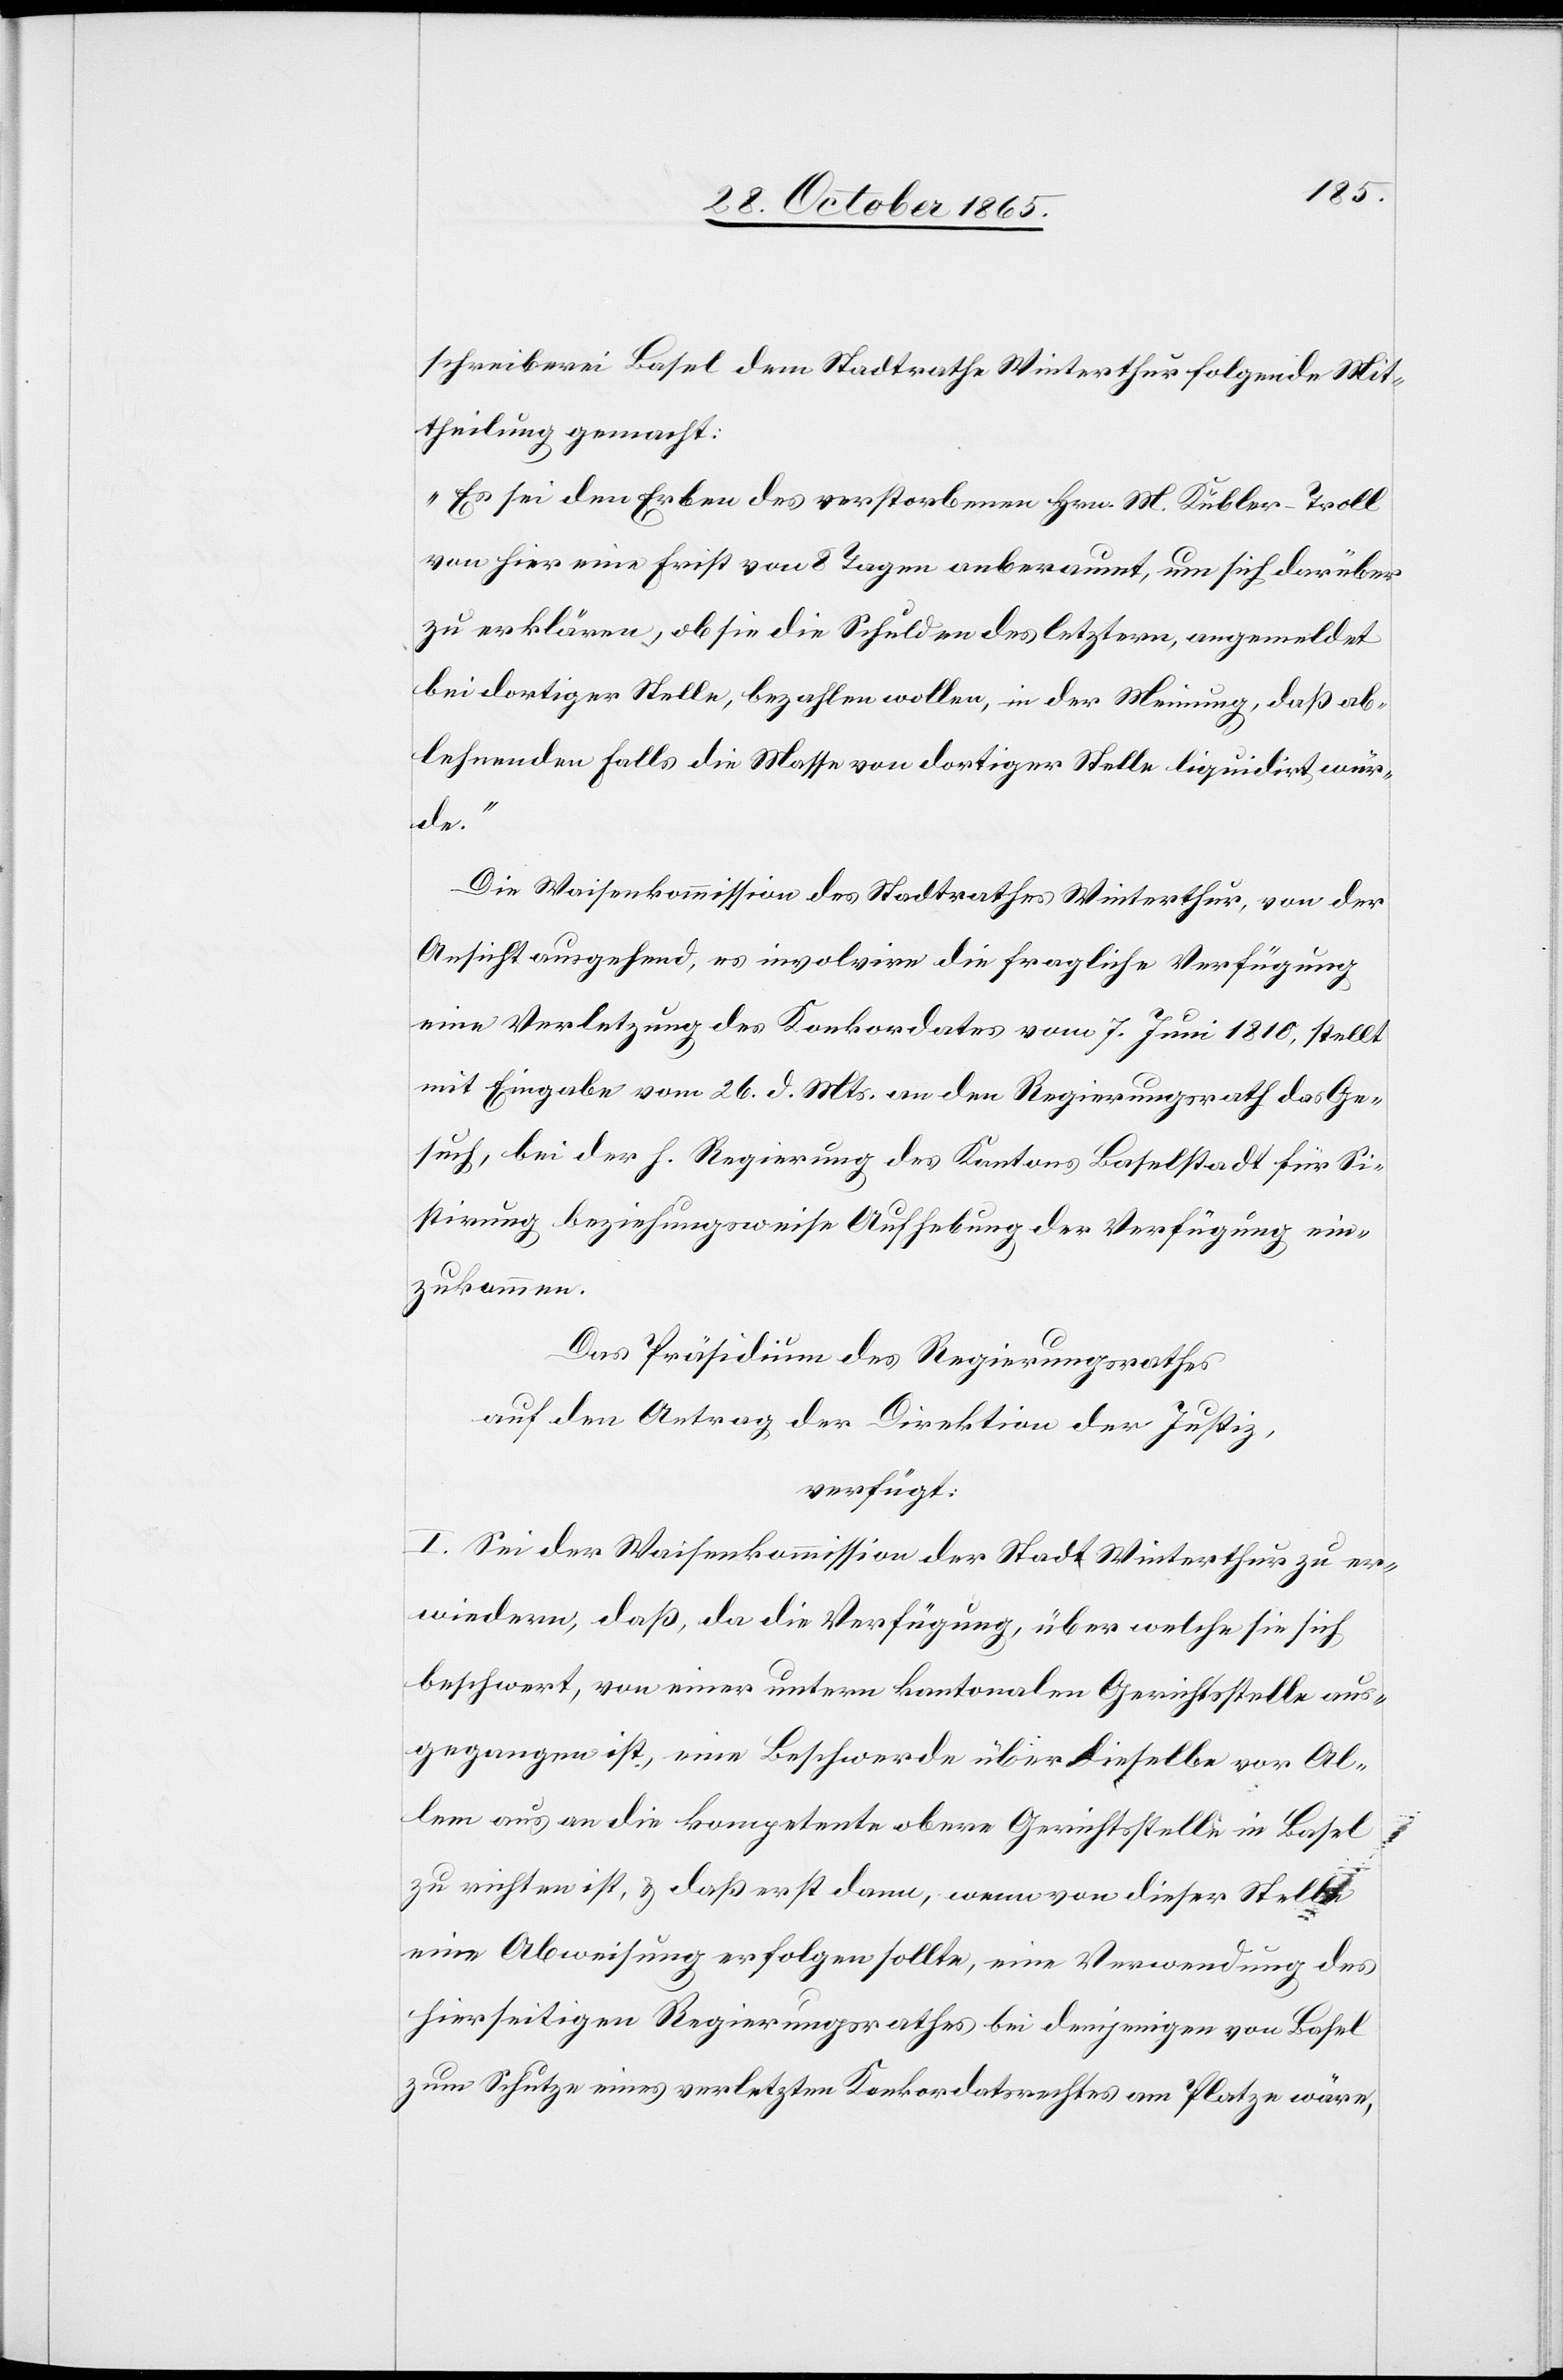
schreiberei Basel dem Stadtrathe Winterthur folgende Mit¬
theilung gemacht:
„Es sei den Erben des verstorbenen Hrn. M. Kübler-Troll
von hier eine Frist von 8 Tagen anberaumt, um sich darüber
zu erklären, ob sie die Schulden des letztern, angemeldet
bei dortiger Stelle, bezahlen wollen, in der Meinung, daß ab¬
lehnenden Falls die Masse von dortiger Stelle liquidirt wür¬
de.“
Die Waisenkommission des Stadtrathes Winterthur, von der
Ansicht ausgehend, es involvire die fragliche Verfügung
eine Verletzung des Konkordates vom 7. Juni 1810, stellt
mit Eingabe vom 26. d. Mts. an den Regierungsrath das Ge¬
such, bei der h. Regierung des Kantons Baselstadt für Si¬
stirung beziehungsweise Aufhebung der Verfügung ein¬
zukommen.
Das Präsidium des Regierungsrathes
auf den Antrag der Direktion der Justiz,
verfügt:
I. Sei der Waisenkommission der Stadt Winterthur zu er¬
wiedern, daß, da die Verfügung, über welche sie sich
beschwert, von einer untern kantonalen Gerichtsstelle aus¬
gegangen ist, eine Beschwerde über dieselbe vor Al¬
lem aus an die kompetente obere Gerichtsstelle in Basel
zu richten ist, & daß erst dann, wenn von dieser Stelle
eine Abweisung erfolgen sollte, eine Verwendung des
hierseitigen Regierungsrathes bei demjenigen von Basel
zum Schutze eines verletzten Konkordatsrechtes am Platze wäre,